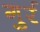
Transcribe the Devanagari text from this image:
गुर्र